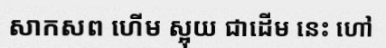
សាកសព ហើម ស្អុយ ជាដើម នេះ ហៅ